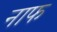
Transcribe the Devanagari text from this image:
नाफ